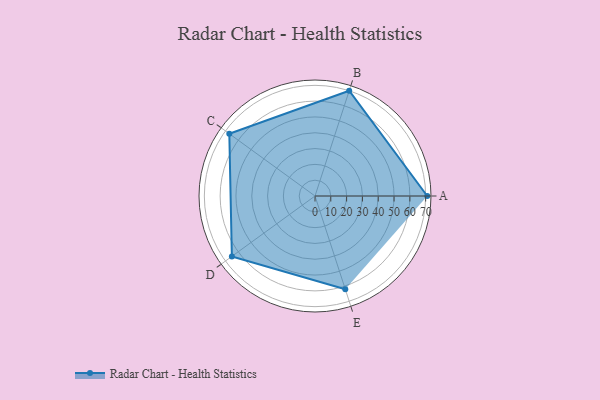
{"axis": {"x": "Skill", "y": "Score"}, "legend": ["Profile"], "data": [{"x": "A", "y": 71.0, "type": "Profile"}, {"x": "B", "y": 70.0, "type": "Profile"}, {"x": "C", "y": 67.0, "type": "Profile"}, {"x": "D", "y": 65.0, "type": "Profile"}, {"x": "E", "y": 62.0, "type": "Profile"}]}